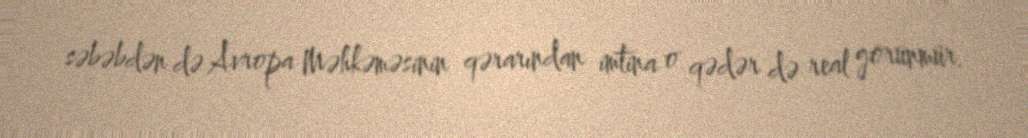
səbəbdən də Avropa Məhkəməsinin qərarından imtina o qədər də real görünmür.